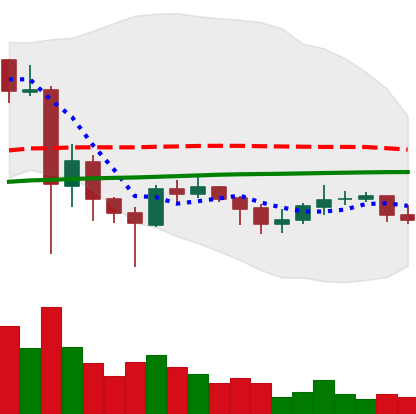
Ticker: XLM-USD
Chart end date: 2021-06-05
Forward return: -9.636%
Label: down_7plus